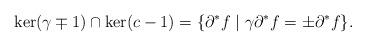
LaTeX: \begin{align*} \ker (\gamma \mp 1) \cap \ker (c-1) = \{ \partial^* f \mid \gamma \partial^* f = \pm \partial^* f\}. \end{align*}